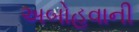
અબોહવાની